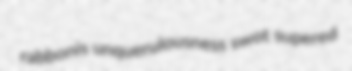
rabbonis unquerulousness swot supered